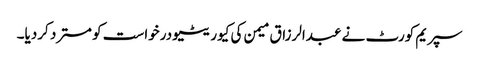
سپریم کورٹ نے عبدالرزاق میمن کی کیوریٹیو درخواست کو مسترد کردیا۔